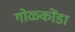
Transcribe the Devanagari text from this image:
गोळ्कोंडा